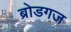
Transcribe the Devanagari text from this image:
ब्रोडगज